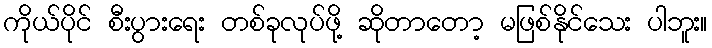
ကိုယ်ပိုင် စီးပွားရေး တစ်ခုလုပ်ဖို့ ဆိုတာတော့ မဖြစ်နိုင်သေး ပါဘူး။